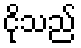
ငိုသည်